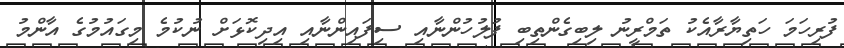
ފުރިހަމަ ހަތިޔާރާއެކު ތަމްރީނު ލިބިގެންތިބި ފުލުހުންނާއި ސިފައިންނާއި އިދިކޮޅަށް ނުކުމެ މިގައުމުގެ އާންމު